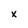
Character: x